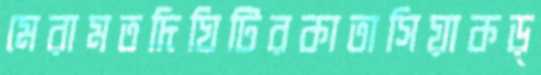
মেরামতদিঘিটিরকাতাসিয়াকড়্